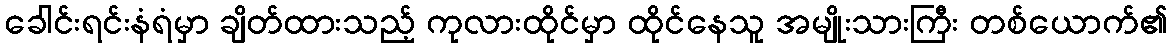
ခေါင်းရင်းနံရံမှာ ချိတ်ထားသည့် ကုလားထိုင်မှာ ထိုင်နေသူ အမျိုးသားကြီး တစ်ယောက်၏